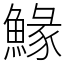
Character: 䱲